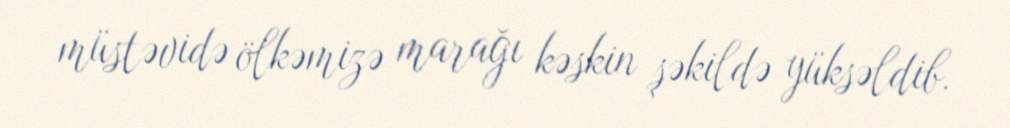
müstəvidə ölkəmizə marağı kəskin şəkildə yüksəldib.